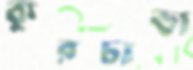
কুরচাভা